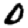
Digit: 0